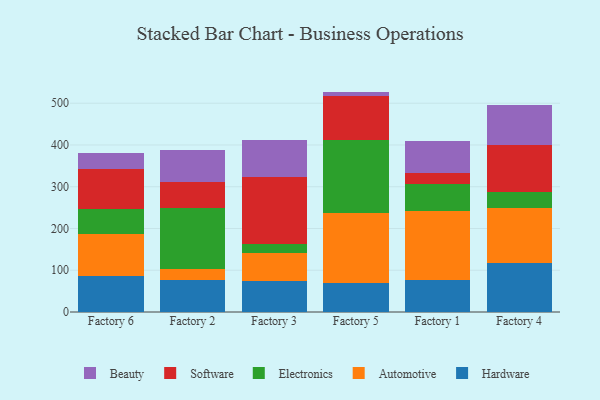
{"axis": {"x": "Factory", "y": "Gross Profit (USD K)"}, "legend": ["Automotive", "Beauty", "Electronics", "Hardware", "Software"], "data": [{"x": "Factory 6", "y": 85.1, "type": "Hardware"}, {"x": "Factory 6", "y": 102.2, "type": "Automotive"}, {"x": "Factory 6", "y": 59.8, "type": "Electronics"}, {"x": "Factory 6", "y": 96.0, "type": "Software"}, {"x": "Factory 6", "y": 37.0, "type": "Beauty"}, {"x": "Factory 2", "y": 75.9, "type": "Hardware"}, {"x": "Factory 2", "y": 26.2, "type": "Automotive"}, {"x": "Factory 2", "y": 147.8, "type": "Electronics"}, {"x": "Factory 2", "y": 61.9, "type": "Software"}, {"x": "Factory 2", "y": 75.0, "type": "Beauty"}, {"x": "Factory 3", "y": 75.4, "type": "Hardware"}, {"x": "Factory 3", "y": 66.0, "type": "Automotive"}, {"x": "Factory 3", "y": 22.2, "type": "Electronics"}, {"x": "Factory 3", "y": 160.8, "type": "Software"}, {"x": "Factory 3", "y": 86.6, "type": "Beauty"}, {"x": "Factory 5", "y": 69.8, "type": "Hardware"}, {"x": "Factory 5", "y": 167.7, "type": "Automotive"}, {"x": "Factory 5", "y": 174.1, "type": "Electronics"}, {"x": "Factory 5", "y": 106.5, "type": "Software"}, {"x": "Factory 5", "y": 9.7, "type": "Beauty"}, {"x": "Factory 1", "y": 76.1, "type": "Hardware"}, {"x": "Factory 1", "y": 164.7, "type": "Automotive"}, {"x": "Factory 1", "y": 65.6, "type": "Electronics"}, {"x": "Factory 1", "y": 27.0, "type": "Software"}, {"x": "Factory 1", "y": 76.3, "type": "Beauty"}, {"x": "Factory 4", "y": 117.1, "type": "Hardware"}, {"x": "Factory 4", "y": 132.7, "type": "Automotive"}, {"x": "Factory 4", "y": 38.1, "type": "Electronics"}, {"x": "Factory 4", "y": 111.6, "type": "Software"}, {"x": "Factory 4", "y": 96.1, "type": "Beauty"}]}